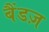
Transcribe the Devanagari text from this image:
बैंडज़